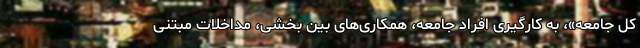
کل جامعه»، به کارگیری افراد جامعه، همکاری‌­های بین بخشی، مداخلات مبتنی